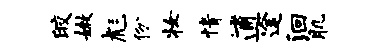
皎嫩彪份妆情逋途洄肌